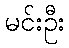
မင်းဦး